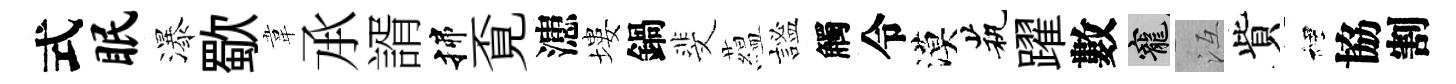
式眠瀑歜韋𠄘諝揲覔漶塿鍋斐藴謐觸令漠茕躍數寵冱貲裡協割